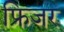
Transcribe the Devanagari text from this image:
फ्रिजर